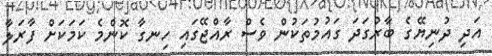
އަދި ދުނިޔޭގެ ބާރުގަދަ ގައުމުތަކުން ވެސް ރާއްޖޭގައި ހިނގާ ކޮންމެ ކަމަކަށް ފާރަލާ